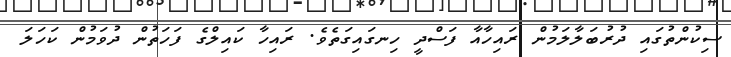
ސިކުންތުގައި ދުރުބަލާލަމުން ރައިހާއާ ފަސްދީ ހިނގައިގަތެވެ. ރައިހާ ކައިލްގެ ފަހަތުން ދުވަމުން ކަހަލަ